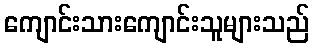
ကျောင်းသားကျောင်းသူများသည်